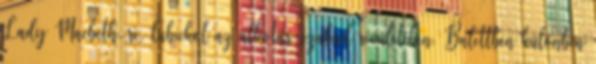
Lady Macbeth-re, lubickol az alkotás szabad révületében. Balettben különben